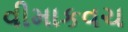
વીમાકવચ